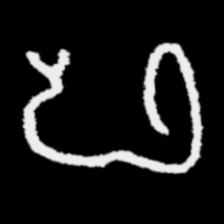
Pyu character \u2014 Myanmar letter: ဖ (romanized: pha)